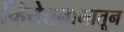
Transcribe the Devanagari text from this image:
व्हियेतनामातून